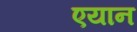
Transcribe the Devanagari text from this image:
एयान